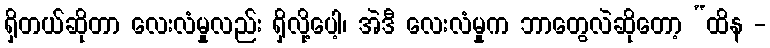
ရှိတယ်ဆိုတာ လေးလံမှုလည်း ရှိလို့ပေါ့၊ အဲဒီ လေးလံမှုက ဘာတွေလဲဆိုတော့ “ထိန -